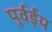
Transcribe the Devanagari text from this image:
पूर्वईय